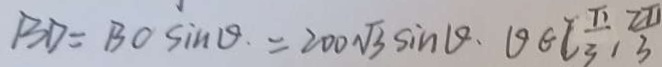
B D = B O \sin \theta = 2 0 0 \sqrt { 3 } \sin \theta . \theta \epsilon [ \frac { \pi } { 3 } , \frac { 2 \pi } { 4 }